Investigations into the jail dietaries of the United Provinces with some observations on the influence of dietary on the physical development and well-being of the people of the United Provinces - Number 48
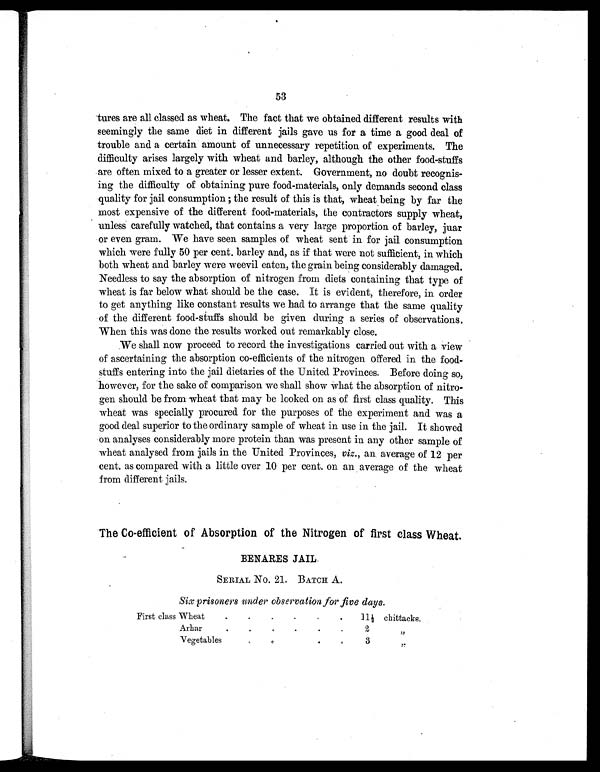
53
tures are all classed as wheat. The fact that we obtained different results with
seemingly the same diet in different jails gave us for a time a good deal of
trouble and a certain amount of unnecessary repetition of experiments. The
difficulty arises largely with wheat and barley, although the other food-stuffs
are often mixed to a greater or lesser extent. Government, no doubt recognis-
ing the difficulty of obtaining pure food-materials, only demands second class
quality for jail consumption ; the result of this is that, wheat being by far the
most expensive of the different food-materials, the contractors supply wheat,
unless carefully watched, that contains a very large proportion of barley, juar
or even gram. We have seen samples of wheat sent in for jail consumption
which were fully 50 per cent. barley and, as if that were not sufficient, in which
both wheat and barley were weevil eaten, the grain being considerably damaged.
Needless to say the absorption of nitrogen from diets containing that type of
wheat is far below what should be the case. It is evident, therefore, in order
to get anything like constant results we had to arrange that the same quality
of the different food-stuffs should be given during a series of observations.
When this was done the results worked out remarkably close.
We shall now proceed to record the investigations carried out with a view
of ascertaining the absorption co-efficients of the nitrogen offered in the food-
stuffs entering into the jail dietaries of the United Provinces. Before doing so,
however, for the sake of comparison we shall show what the absorption of nitro-
gen should be from wheat that may be looked on as of first class quality. This
wheat was specially procured for the purposes of the experiment and was a
good deal superior to the ordinary sample of wheat in use in the jail. It showed
on analyses considerably more protein than was present in any other sample of
wheat analysed from jails in the United Provinces, viz., an average of 12 per
cent. as compared with a little over 10 per cent. on an average of the wheat
from different jails.
The Co-efficient of Absorption of the Nitrogen of first class Wheat.
BENARES JAIL.
SERIAL No. 21. BATCH A.
Six prisoners under observation, for five days.
First class Wheat
.
.
.
.
.
.
11½
chittacks.
Arhar
.
.
.
.
.
.
2
„
Vegetables
.
.
.
.
3
„